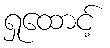
ရှုထောင့်